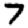
Digit: 7